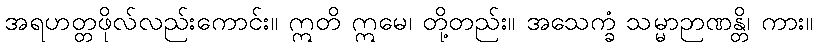
အရဟတ္တဖိုလ်လည်းကောင်း။ ဣတိ ဣမေ၊ တို့တည်း။ အသေက္ခံ သမ္မာဉာဏန္တိ၊ ကား။